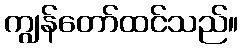
ကျွန်တော်ထင်သည်။